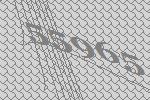
55965